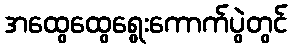
အထွေထွေရွေးကောက်ပွဲတွင်